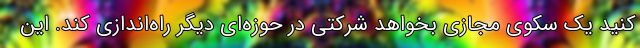
کنید یک سکوی مجازی بخواهد شرکتی در حوزه‌ای دیگر راه‌اندازی کند. این